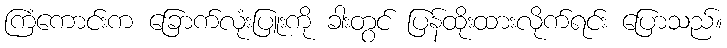
ကြံကောင်းက ခြောက်လုံးပြူးကို ခါးတွင် ပြန်ထိုးထားလိုက်ရင်း ပြောသည်။